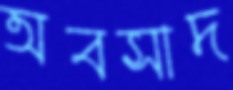
অবসাদ